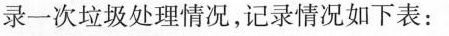
录一次垃圾处理情况，记录情况如下表：